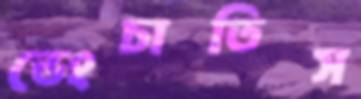
ভেংচাতিস